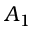
A _ { 1 }